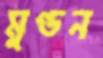
মুণ্ডন